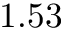
1 . 5 3